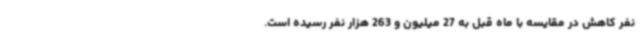
نفر کاهش در مقایسه با ماه قبل به 27 میلیون و 263 هزار نفر رسیده است.